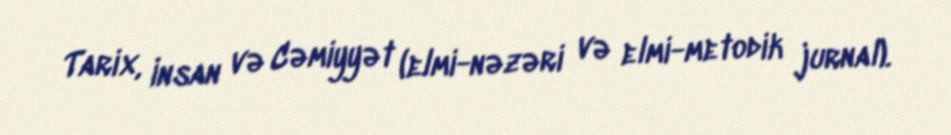
Tarix, İnsan və Cəmiyyət (elmi-nəzəri və elmi-metodik jurnal).